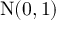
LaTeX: \int _ { 0 } ^ { a } H _ { x , 3 } \, d x = a A - { \frac { 1 } { 2 } } H _ { a , 2 } ,